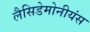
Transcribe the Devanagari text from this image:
लैसिडेमोनीयंस